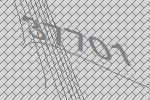
37701